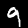
Digit: 9